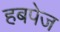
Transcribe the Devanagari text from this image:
हबपेज